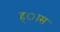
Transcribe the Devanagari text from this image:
ह्ास